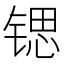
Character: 锶